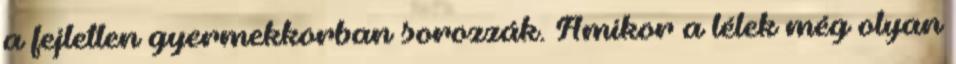
a fejletlen gyermekkorban sorozzák. Amikor a lélek még olyan